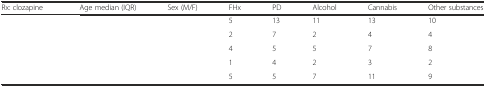
<table><thead><tr><td><b>Rx: clozapine</b></td><td><b>Age median (IQR)</b></td><td><b>Sex (M/F)</b></td><td><b>FHx</b></td><td><b>PD</b></td><td><b>Alcohol</b></td><td><b>Cannabis</b></td><td><b>Other substances</b></td></tr></thead><tbody><tr><td>[EMPTY_CELL]</td><td>[EMPTY_CELL]</td><td>[EMPTY_CELL]</td><td>5</td><td>13</td><td>11</td><td>13</td><td>10</td></tr><tr><td>[EMPTY_CELL]</td><td>[EMPTY_CELL]</td><td>[EMPTY_CELL]</td><td>2</td><td>7</td><td>2</td><td>4</td><td>4</td></tr><tr><td>[EMPTY_CELL]</td><td>[EMPTY_CELL]</td><td>[EMPTY_CELL]</td><td>4</td><td>5</td><td>5</td><td>7</td><td>8</td></tr><tr><td>[EMPTY_CELL]</td><td>[EMPTY_CELL]</td><td>[EMPTY_CELL]</td><td>1</td><td>4</td><td>2</td><td>3</td><td>2</td></tr><tr><td>[EMPTY_CELL]</td><td>[EMPTY_CELL]</td><td>[EMPTY_CELL]</td><td>5</td><td>5</td><td>7</td><td>11</td><td>9</td></tr></tbody></table>